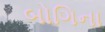
બોગિના